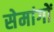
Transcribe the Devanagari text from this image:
सेमांगों